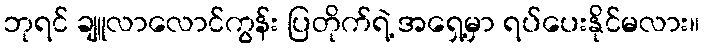
ဘုရင် ချူလာလောင်ကွန်း ပြတိုက်ရဲ့ အရှေ့မှာ ရပ်ပေးနိုင်မလား။